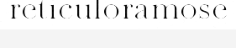
reticuloramose